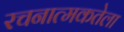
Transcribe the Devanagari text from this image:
रचनात्मकतेला